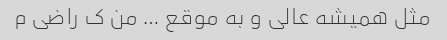
مثل همیشه عالی و به موقع … من ک راضی م